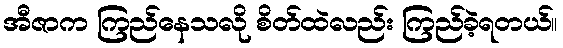
အီဇာက ကြည်နေသလို စိတ်ထဲလည်း ကြည်ခဲ့ရတယ်။